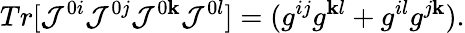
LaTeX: Tr[{\cal{J}}^{0i}{\cal{J}}^{0j}{\cal{J}}^{0\mathbf{k}}{\cal{J}}^{0l}]=(g^{ij}g^{\mathbf{k}l}+g^{il}g^{j\mathbf{k}}).